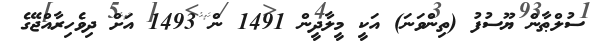
ސުލްޠާން ޔޫސުފު (ތިންވަނަ) އަކީ މީލާދީން 1491 ން 1493 އަށް ދިވެހިރާއްޖޭގެ